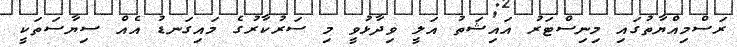
ރަސްމިއްޔާތުގައި މިނިސްޓަރު އައިޝަތު އަލީ ވިދާޅުވީ މި ސަރުކާރުގެ މައިގަނޑު އެއް ސިޔާސަތަކީ